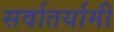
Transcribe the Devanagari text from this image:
सर्वातर्यामी